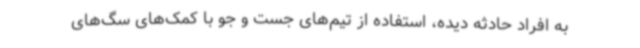
به افراد حادثه دیده، استفاده از تیم‌های جست و جو با کمک‌های سگ‌های